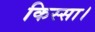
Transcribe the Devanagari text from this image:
किस्सा।